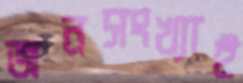
জনসংখ্যাই